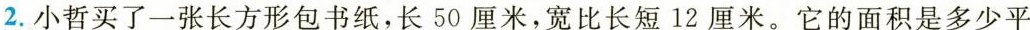
2.小哲买了一张长方形包书纸，长50厘米，宽比长短12厘米。它的面积是多少平